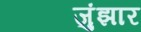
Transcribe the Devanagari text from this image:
जुंझार